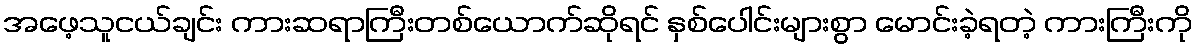
အဖေ့သူငယ်ချင်း ကားဆရာကြီးတစ်ယောက်ဆိုရင် နှစ်ပေါင်းများစွာ မောင်းခဲ့ရတဲ့ ကားကြီးကို